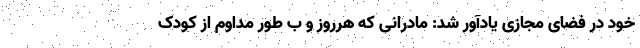
خود در فضای مجازی یادآور شد: مادرانی که هرروز و ب طور مداوم از کودک